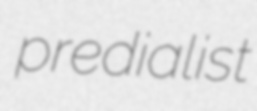
predialist